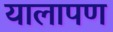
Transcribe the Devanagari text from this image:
यालापण